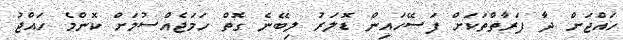
ހައްޖަށް ދާ ފަރާތްތަކަށް ފަސޭހައިން ޑޮލަރު ލިބޭނެ ގޮތް ހަމަޖެއްސުމަށް ކޮންމެ ހައްޖު